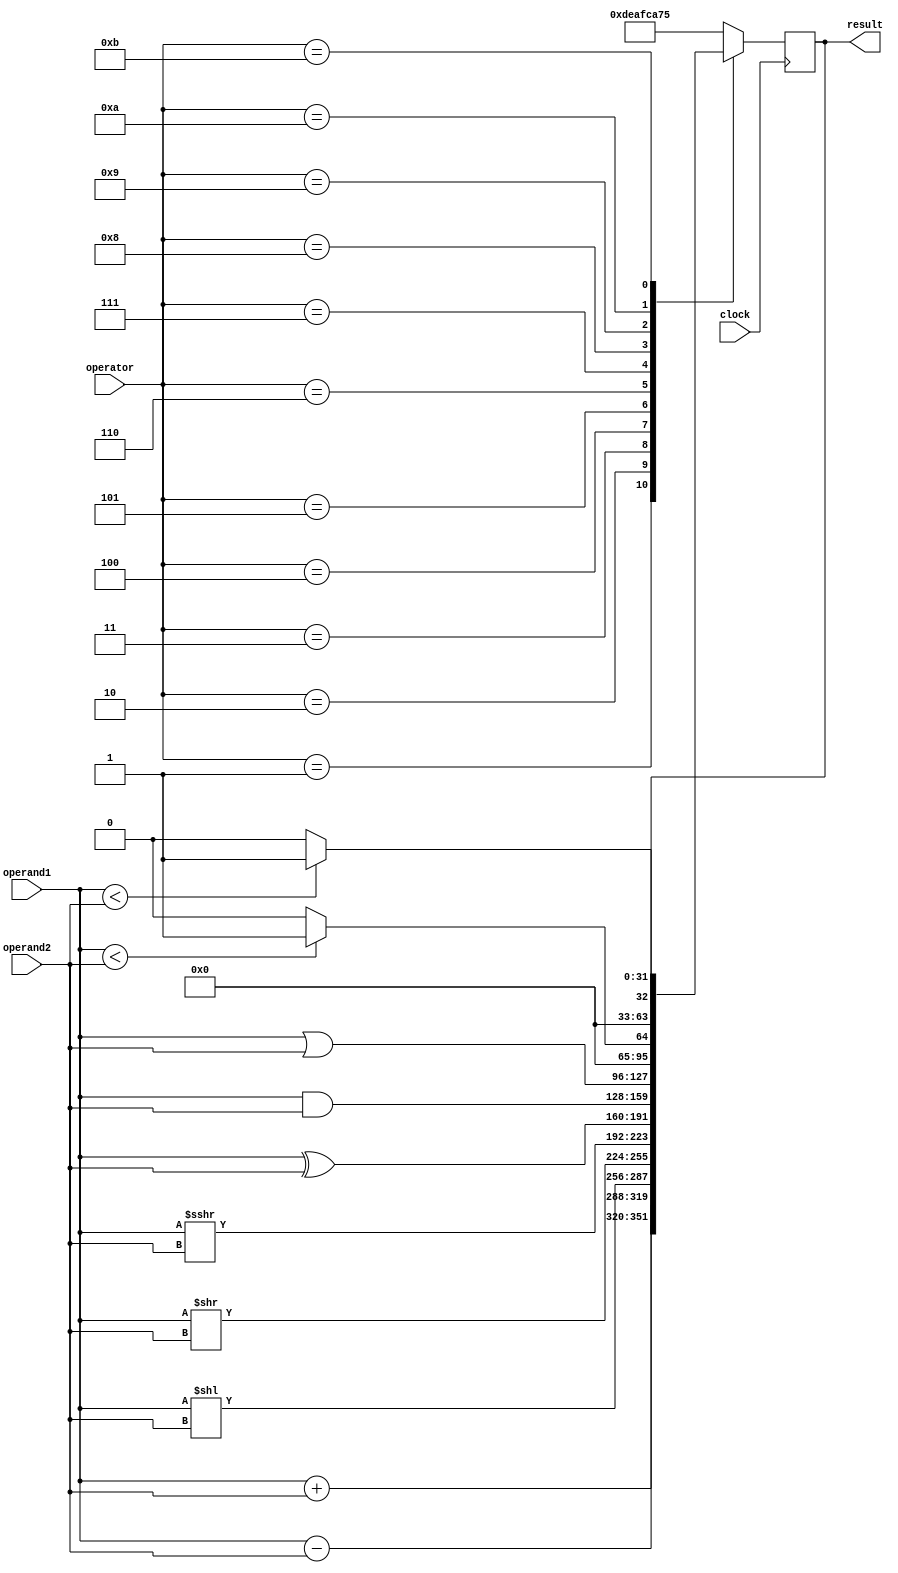
// ALU
module ALU
    #(parameter WORD_WIDTH=32) 
(
    input wire clock,
    input wire [WORD_WIDTH-1:0] operand1,
    input wire [WORD_WIDTH-1:0] operand2,
    input wire [3:0] operator,
    output reg [WORD_WIDTH-1:0] result
);

    localparam ALU_OP_ADD = 4'd1;
    localparam ALU_OP_SUB = 4'd2;
    localparam ALU_OP_SLL = 4'd3;
    localparam ALU_OP_SRL = 4'd4;
    localparam ALU_OP_SRA = 4'd5;
    localparam ALU_OP_XOR = 4'd6;
    localparam ALU_OP_AND = 4'd7;
    localparam ALU_OP_OR = 4'd8;
    localparam ALU_OP_SLT = 4'd9;
    localparam ALU_OP_SLTU = 4'd10;
    localparam ALU_OP_NONE = 4'd11;

    always @(posedge clock) begin

        case(operator)
           ALU_OP_ADD: begin
               result <= $signed(operand1) + $signed(operand2);
           end
           ALU_OP_SUB: begin
               result <= $signed(operand1) - $signed(operand2);
           end
           ALU_OP_SLL: begin
               result <= operand1 << operand2;
           end
           ALU_OP_SRL: begin
               result <= operand1 >> operand2;
           end
           ALU_OP_SRA: begin
               result <= $signed(operand1) >>> operand2;
           end
           ALU_OP_XOR: begin
               result <= operand1 ^ operand2;
           end
           ALU_OP_AND: begin
               result <= operand1 & operand2;
           end
           ALU_OP_OR: begin
               result <= operand1 | operand2;
           end
           ALU_OP_SLT: begin
               result <= ($signed(operand1) < $signed(operand2)) ? 1 : 0;
           end
           ALU_OP_SLTU: begin
               result <= (operand1 < operand2) ? 1 : 0;
           end
           ALU_OP_NONE: begin
           end
           default: begin
               result <= 32'hdeafca75;
           end
        endcase

    end

endmodule